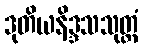
ဒုတိယနိဒ္ဒသသုတ္တံ